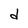
Character: d